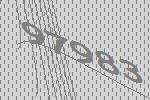
97983